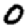
Digit: 0